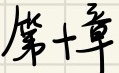
第十章